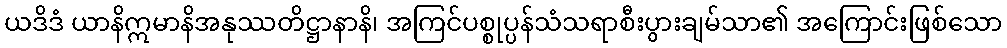
ယဒိဒံ ယာနိဣမာနိအနုဿတိဋ္ဌာနာနိ၊ အကြင်ပစ္စုပ္ပန်သံသရာစီးပွားချမ်သာ၏ အကြောင်းဖြစ်သော